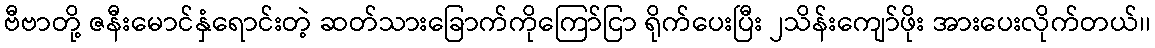
ဗီဗာတို့ ဇနီးမောင်နှံရောင်းတဲ့ ဆတ်သားခြောက်ကိုကြော်ငြာ ရိုက်ပေးပြီး ၂သိန်းကျော်ဖိုး အားပေးလိုက်တယ်၊၊